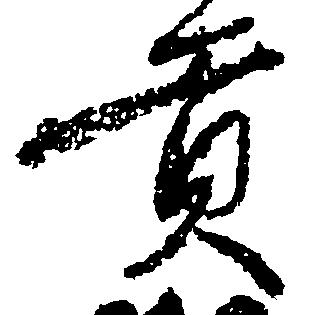
貢